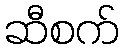
ဆီစက်